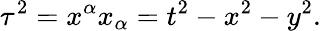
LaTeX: \tau^{2}=x^{\alpha}x_{\alpha}=t^{2}-x^{2}-y^{2}.